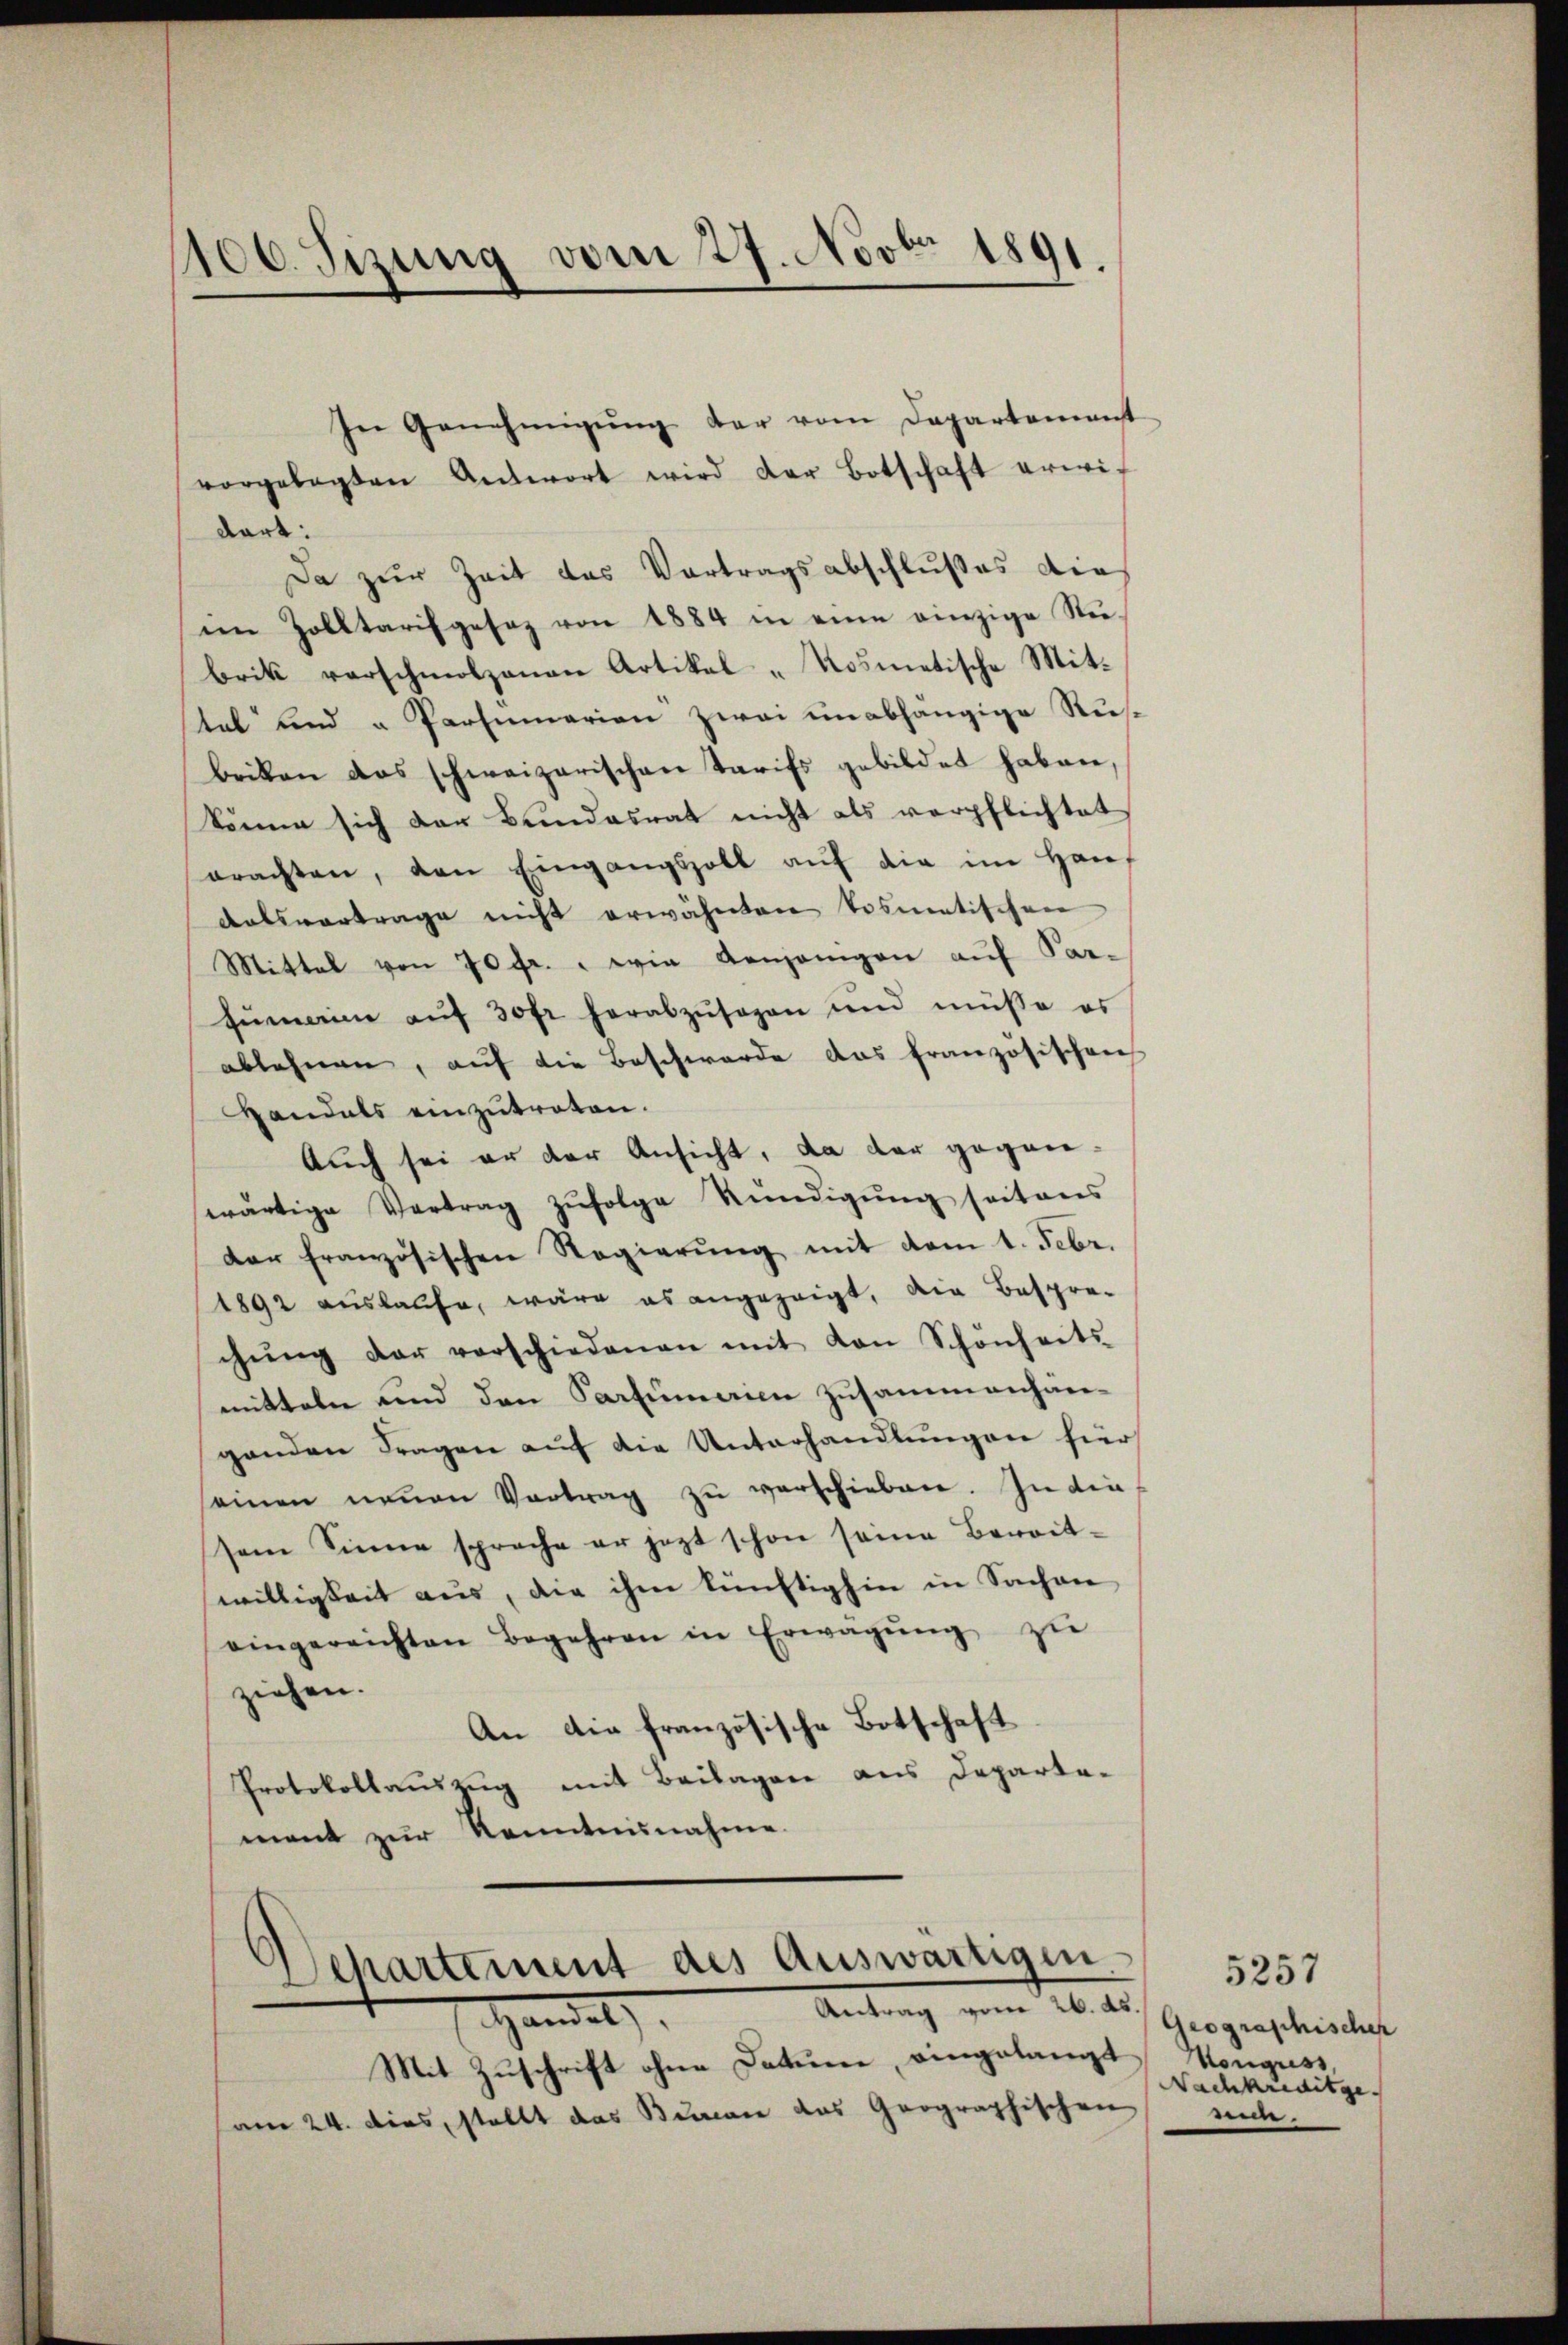
106. Sizung vom 27. Novbr 1891.

vorgelegten Antwort wird der Botschaft erwidart:
Da zur Zeit das Vortragsabschlußes die
n Zolltarif gesez von 1884 in eine einzige Stei-
brik verschmolzanen Artikel „Rosmetische Mittal und u Parimarien zwei unabhängige Rusbriken das schweizerischen Tarifs gebildet haben,
könne sich der Bundesrat nicht als verpflichtet
erachten, den Eingangszoll aŭf die im Haus
Ratsvertrage nicht erwähnten tosmatischen
Mittal von 70 fr., wie denjenigen auf Par¬
Zumeine auf 30 fr herabzusagen und müße es
ablehnen, auf die Beschwerde das französischen
Handals einzutreten.
Auch sei er der Ansicht, da der geganwärtige Vertrag zŭfolge Kündigŭng seitens
dar französischen Regierŭng mit dem 1. Febr.
1892 auslaufe, wäre es angezeigt, die Bespre-
chŭng der verschiedenen mit von Schönheits-
mitteln und den Partümerien zusammenhän-
genden Fragen auf die Unterhandlungen hier
seinen neŭen Vertrag zŭ verschieben. In die
sem Sinne sprache er jezt schon seine Bereitswilligkeit aus, die ihm künftighin in Sachen
eingereichten Begehren in Erwägŭng zŭ
ziehen.
An die französische Botschaft
Protokollausung mit Beilagen aus Departamant zur Kenntnisnahme.
Departement des Auswärtigen.
Antrag vom 26. ds.
Handel
Mit Zuschrift ohne Datum, eingelangt Monguss,
am 24. dies, stellt das Buman das Geographischen

In Genehmigŭng der vom Departement

Geographischer
Nachkreditge
mi.

5257